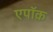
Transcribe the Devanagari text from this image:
एपॉक